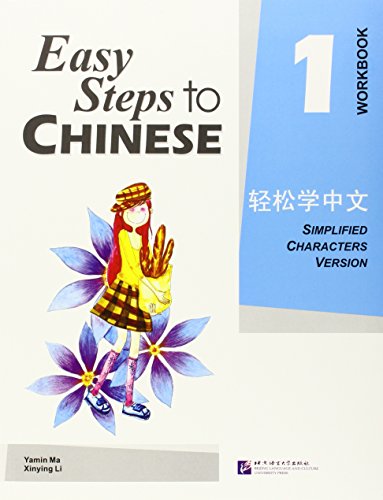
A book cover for Easy Steps to Chinese Vol.1, Workbook, Simplified Characters Version; Yamin Ma; Travel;